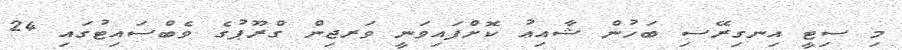
މި ސިޓީ އިނގިރޭސި ބަހުން ޝާއިޢު ކޮށްފައިވަނީ ވަރޖިން ގްރޫޕުގެ ވެބްސައިޓުގައި 24